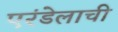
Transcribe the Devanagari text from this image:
एरंडेलाची